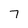
Character: 7